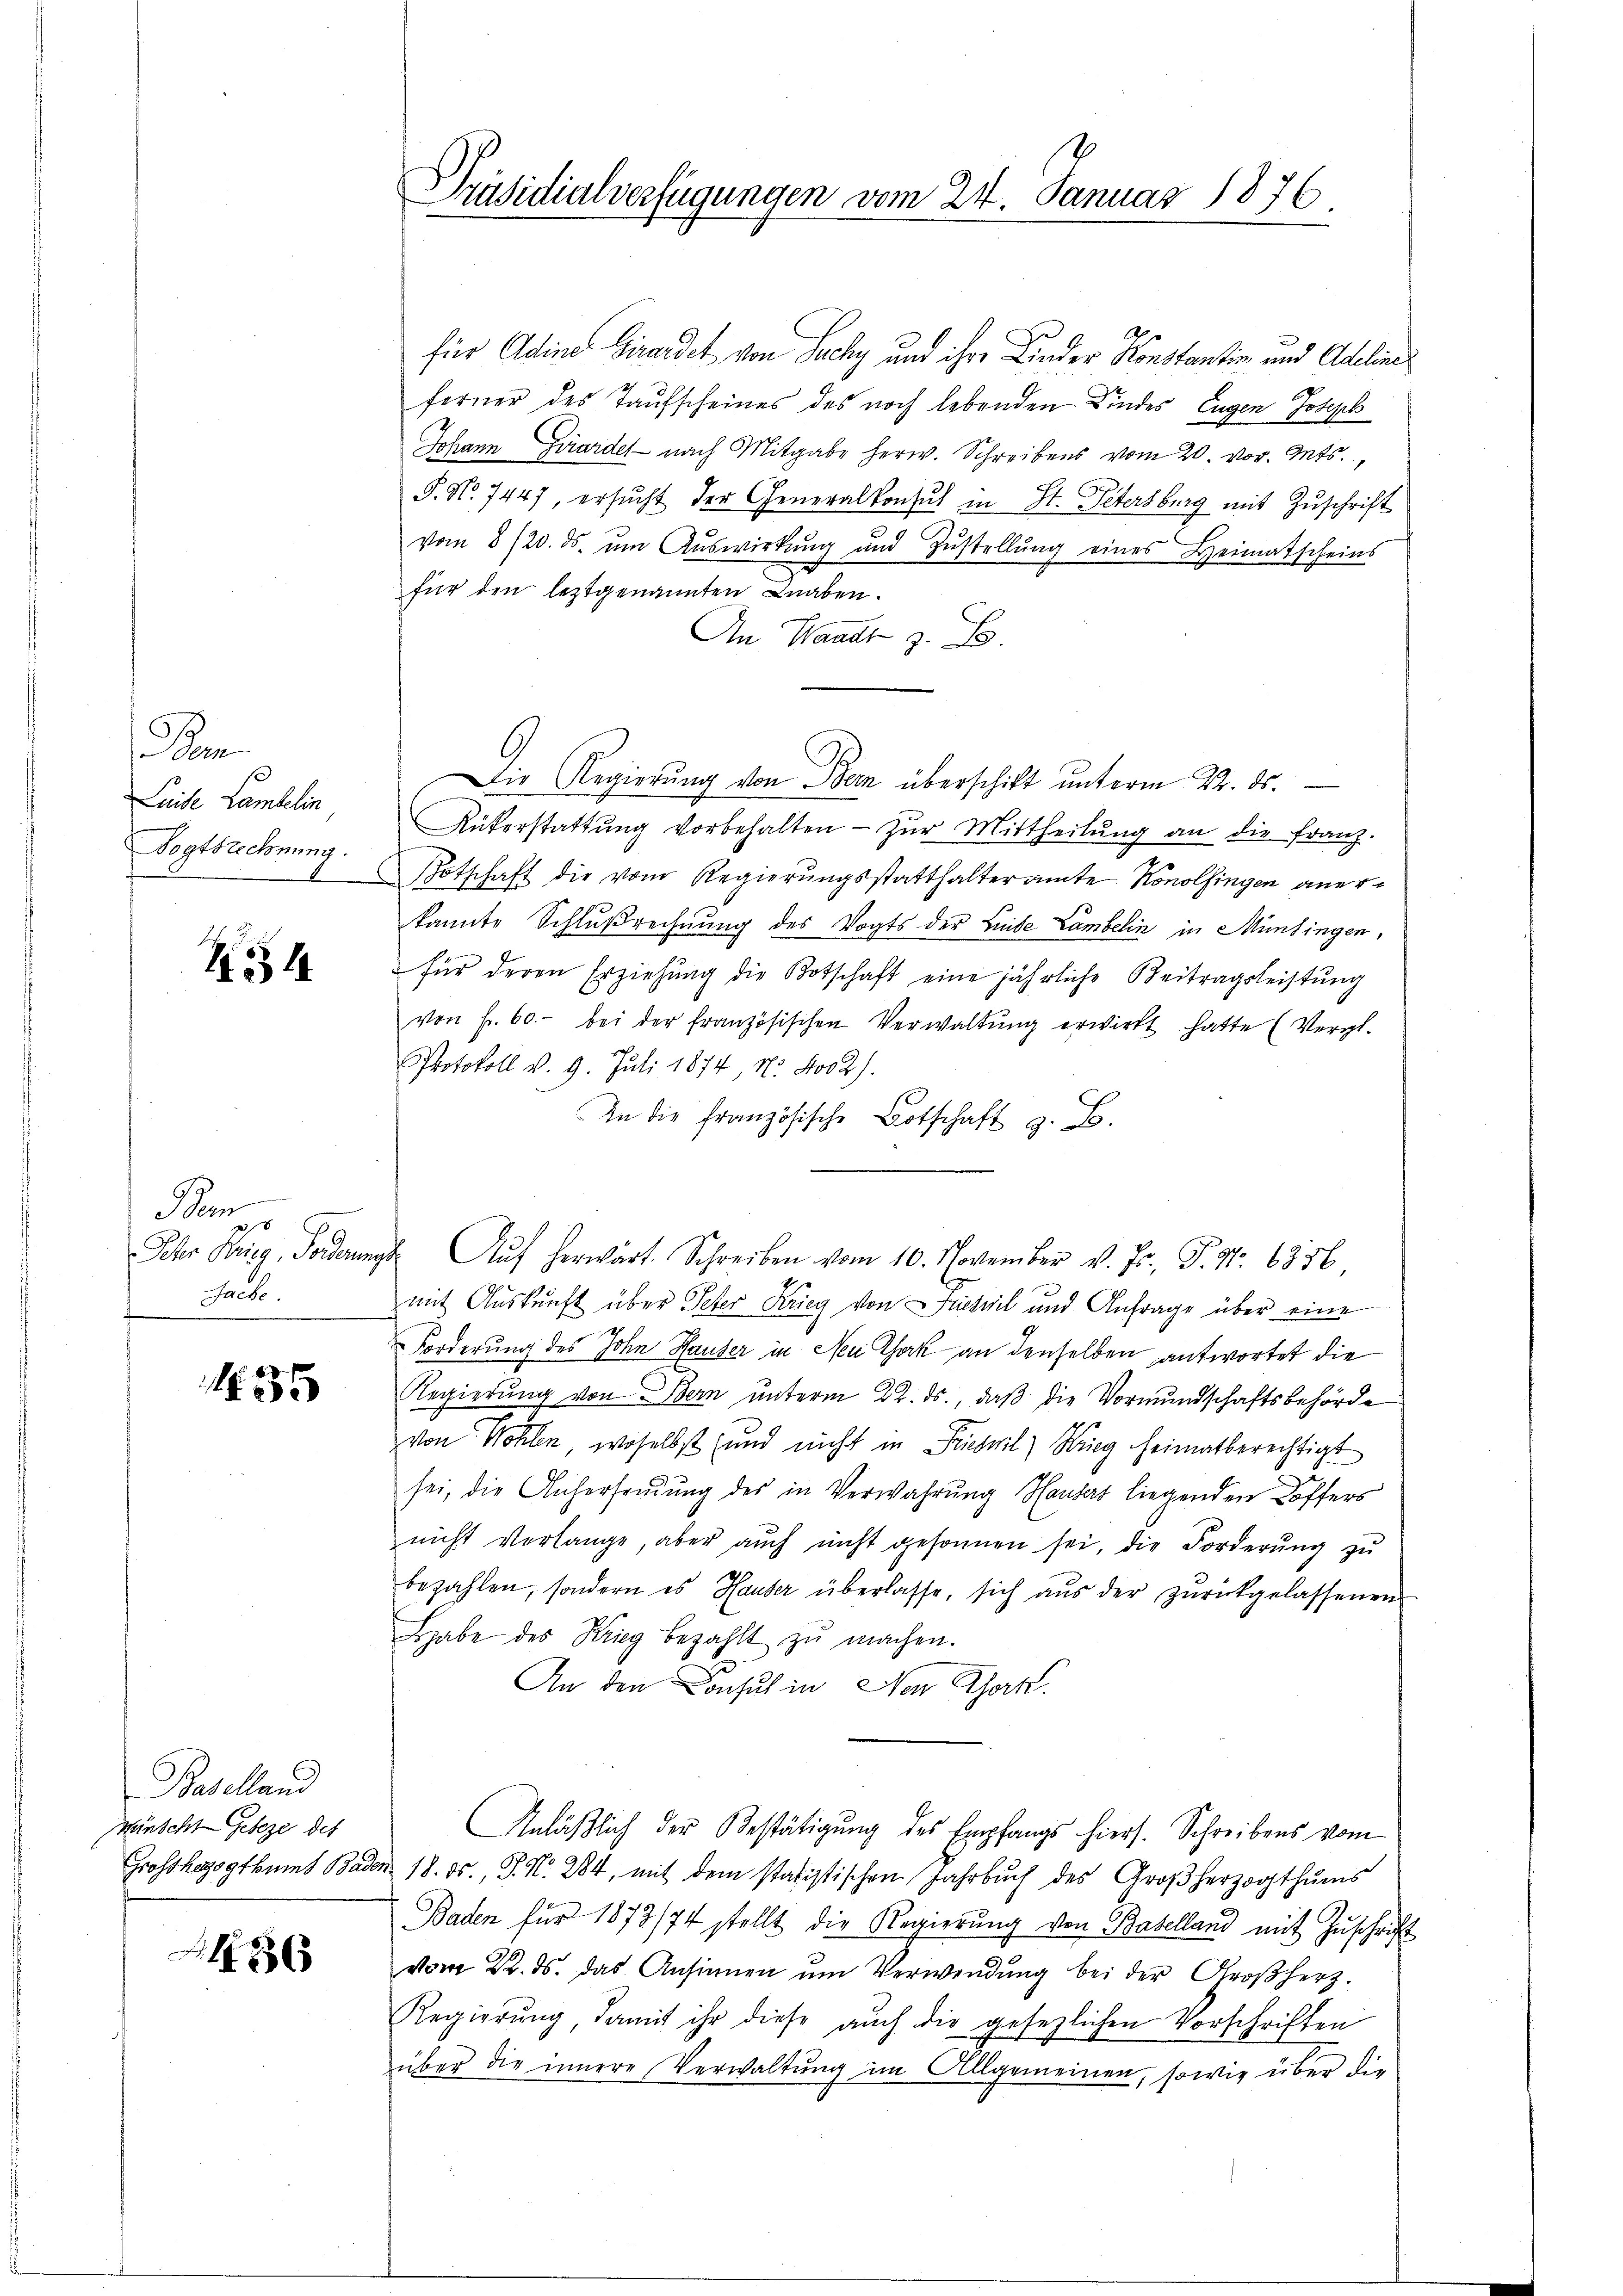
Bem
Luise Lambelin
ogtsrechnung.

S. 554.

Ber
28
Sache.

335

Baselland
Winscht Geseze des
Grosshezogthums Bade

1456

Präsidialverfügungen vom 24. Januar 1876

für Adine Girardet von Suchy und ihre Kinder Konstantin und Adelinis
ferner des Taufscheines des noch lebenden Kindes Eugen Joseph
Johann Girardel nach Mitgabe herw. Schreibens vom 20. vor. Mts.,
S. Nr. 7447, ersŭcht der Generalkonsul in St. Petersburg mit Zuschrift
vom 8/20. ds. ŭm Aŭswirkŭng und Zŭstellŭng eines Heimatscheins
für den leztgenannten Knaben.
An Waadt z. B.
Die Regierung von Bern überschicht unterm 24. ds.
Rükerstattŭng vorbehalten zŭr Mittheilŭng an die franz.
Potschaft die vom Regierŭngsstatthalteramte Konolfingen aner-
kannte Schlußrechnung des Vogts der Linde Lambelin in Münsingen,
für deren Erziehŭng die Botschaft eine jährliche Beitragsleistŭng
von Fr. 60.- bei der französischen Verwaltŭng erwirkt hatte (Vergl.
Protokoll v. 9. Juli 1874. No. 402).
In die französische Botschaft z. B.
Sehr Krieg, Forderungs Aŭf herwärt. Schreiben vom 10. November v. Js., P. Nr. 6356,
mit Auskunft über Peter Krieg von Dieseil und Anfrage über eine
2.
Forderung des John Hauser in Nei Chork an denselben antwortet die
Regierŭng von Stern unterm 22. ds., daß die Vormundschaftsbehörde
von Wohlen, woselbst und nicht in Priesnil) Krieg heimatberechtigt
sei, die Anhersandŭng des in Verwahrung Hauses liegenden Koffers
nicht verlange, aber aŭch nicht gesonnen sei, die Forderŭng zu
bezahlen, sondern es Hauser überlasse, sich aŭs der zŭrückgelassenen
Habe des Krieg bezahlt zŭ machen.
An den Consul in Neu Chork
Anläßlich der Bestätigung des Empfangs hiers. Schreibens vom
u 18. ds., S. Nr. 284, mit dem statistischen Jahrbuch des Großherzogthums
Baden für 1873/74 stellt die Regierŭng von Baselland mit Zuschrift
vom 22. ds. das Ansinnen um Verwendung bei der Großherz¬
Regierŭng, damit ihr diese auch die gesezlichen Vorschriften
über die innere Verwaltung im Allgemeinen, sowie über die